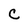
Character: C